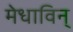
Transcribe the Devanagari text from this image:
मेधाविन्